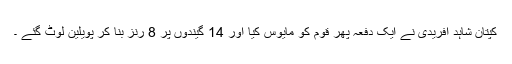
کپتان شاہد آفریدی نے ایک دفعہ پھر قوم کو مایوس کیا اور 14 گیندوں پر 8 رنز بنا کر پویلین لوٹ گئے ۔